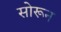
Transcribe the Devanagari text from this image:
सोरून